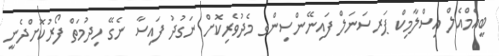
ބީއެމްއެލް އިސްލާމިކް ޕަރސަނަލް ފައިނޭންސިންގ މެދުވެރިކޮށް ނަގުދު ފައިސާ ނެގޭ ހިދުމަތް ފޯރުކޮށްދެނީ